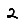
Digit: 2